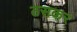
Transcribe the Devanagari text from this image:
ठसकर